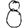
Digit: 8